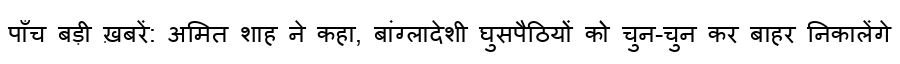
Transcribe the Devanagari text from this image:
पाँच बड़ी ख़बरें: अमित शाह ने कहा, बांग्लादेशी घुसपैठियों को चुन-चुन कर बाहर निकालेंगे